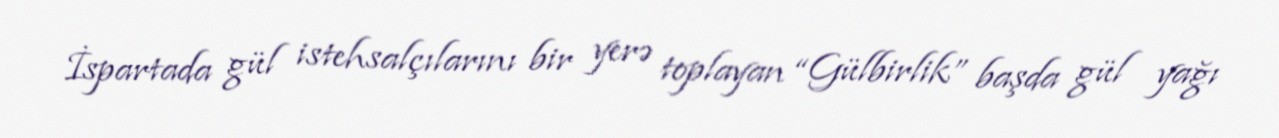
İspartada gül istehsalçılarını bir yerə toplayan “Gülbirlik” başda gül yağı